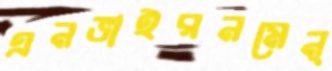
এনভাইরনমেন্